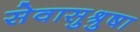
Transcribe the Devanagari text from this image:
सेवासुश्रुषा